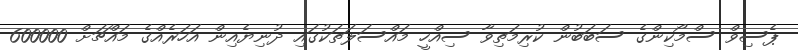
ޕެސިވް ސްމޯކިންގެ ސަބަބުން ކުރިމަތިވާ ސިއްހީ މައްސަލަތަކުގައި ދުނިޔެއިން އަހަރެއްގެ މައްޗަށް 600000